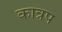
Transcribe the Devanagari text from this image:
कात्रप